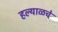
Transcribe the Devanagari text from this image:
हल्याळचे